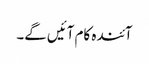
آئندہ کام آئیں گے۔